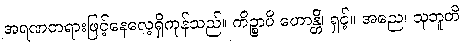
အရဏတရားဖြင့်နေလေ့ရှိကုန်သည်။ ကိဉ္စာပိ ဟောန္တိ၊ ရှင့်။ အညေ၊ သုဘူတိ